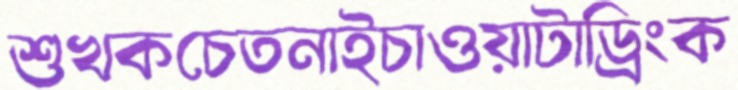
শুখকচেতনাইচাওয়াটাড্রিংক